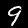
Label: 9